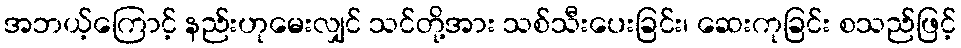
အဘယ့်ကြောင့် နည်းဟုမေးလျှင် သင်တို့အား သစ်သီးပေးခြင်း၊ ဆေးကုခြင်း စသည်ဖြင့်